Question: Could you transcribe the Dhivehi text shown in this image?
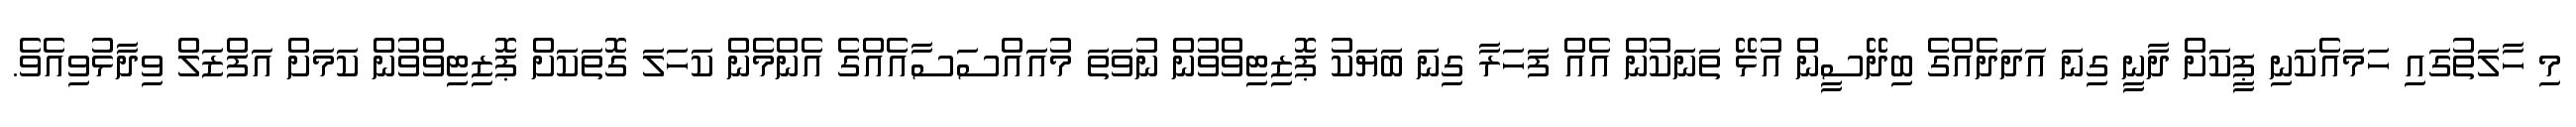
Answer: މި ހާލަތުގައި ހަމައެކަނި ޕީކަށް ދާނީ ގިނަ އަދަދެއްގެ ބިދޭސީން އުޅޭ ތަނަކުން އެއް ފަަހަރާ ގިނަ ބަޔަކު ޕޮޒިޓިވްވުން ނުވަތަ މުއައްސަސާއެއްގެ އެންމެން ކަހަލަ ގޮތަކަށް ޕޮޒިޓިވްވުން ކަމަށް އަފްޒަލް ވިދާޅުވިއެވެ.